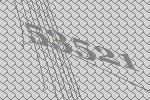
53521